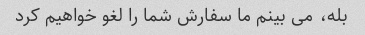
بله، می بینم ما سفارش شما را لغو خواهیم کرد